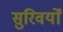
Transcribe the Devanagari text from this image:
सुरिवर्यों